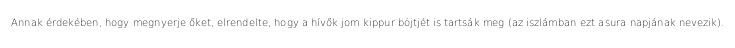
Annak érdekében, hogy megnyerje őket, elrendelte, hogy a hívők jom kippur böjtjét is tartsák meg (az iszlámban ezt asura napjának nevezik).